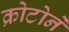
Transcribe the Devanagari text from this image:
क्रोटोने